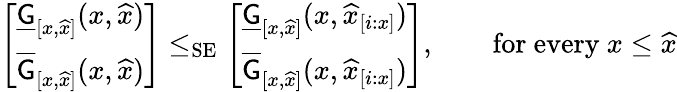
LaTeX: \begin{array}{r}{\left[\begin{array}{l}{\underline{{\mathsf{G}}}_{[x,\widehat{x}]}(x,\widehat{x})}\\ {\overline{{\mathsf{G}}}_{[x,\widehat{x}]}(x,\widehat{x})}\end{array}\right]\le_{\mathrm{SE}}\left[\begin{array}{l}{\underline{{\mathsf{G}}}_{[x,\widehat{x}]}(x,\widehat{x}_{[i:x]})}\\ {\overline{{\mathsf{G}}}_{[x,\widehat{x}]}(x,\widehat{x}_{[i:x]})}\end{array}\right],\qquad\mathrm{for~every~}x\le\widehat{x}}\end{array}